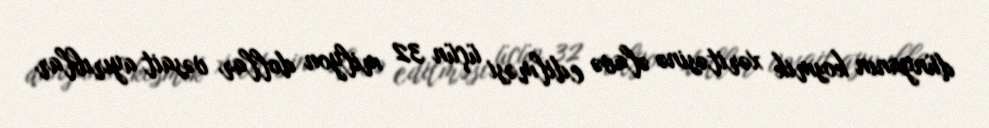
dünyanın kosmik xəritəsinə əlavə edilməsi üçün 32 milyon dollar vəsait ayırıblar